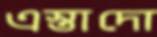
এস্তাদো